Lunatic asylums Central Provinces reports 1895-1909 - 1895-1909
Year: 1895
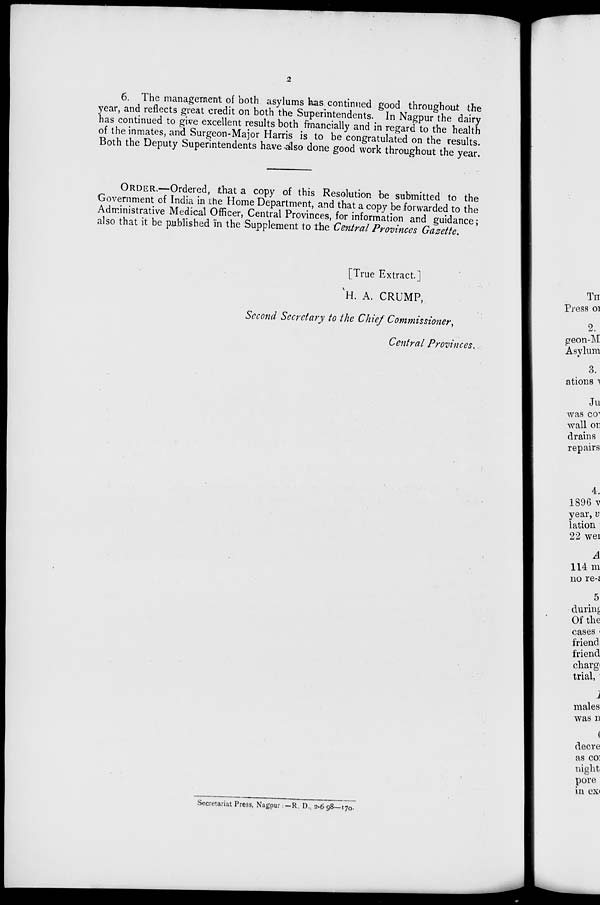
2
6. The management of both asylums has continued good throughout the
year, and reflects great credit on both the Superintendents. In Nagpur the dairy
has continued to give excellent results both financially and in regard to the health
of the inmates, and Surgeon-Major Harris is to be congratulated on the results.
Both the Deputy Superintendents have also done good work throughout the year.
ORDER.—Ordered, that a copy of this Resolution be submitted to the
Government of India in the Home Department, and that a copy be forwarded to the
Administrative Medical Officer, Central Provinces, for information and guidance;
also that it be published in the Supplement to the Central Provinces Gazette.
[True Extract.]
H. A. CRUMP,
Second Secretary to the Chief Commissioner,
Central Provinces.
Secretariat Press, Nagpur —R. D., 2-6 98—170.